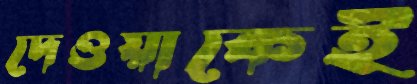
দেওয়াকেই